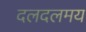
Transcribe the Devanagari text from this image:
दलदलमय